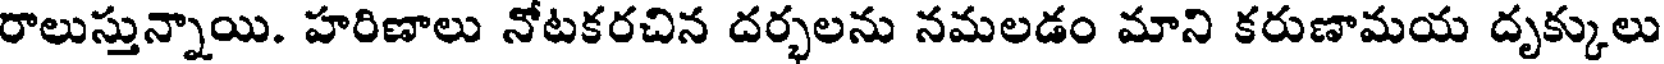
రాలుస్తున్నాయి. హరిణాలు నోటకరచిన దర్భలను నమలడం మాని కరుణామయ దృక్కులు